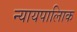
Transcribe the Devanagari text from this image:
न्यायपालिाक